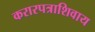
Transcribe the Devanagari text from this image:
करारपत्राशिवाय